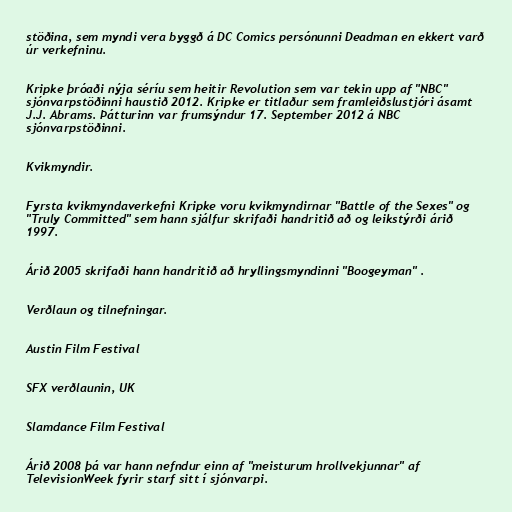
stöðina, sem myndi vera byggð á DC Comics persónunni Deadman en ekkert varð
úr verkefninu.

Kripke þróaði nýja séríu sem heitir Revolution sem var tekin upp af "NBC"
sjónvarpstöðinni haustið 2012. Kripke er titlaður sem framleiðslustjóri ásamt
J.J. Abrams. Þátturinn var frumsýndur 17. September 2012 á NBC
sjónvarpstöðinni.

Kvikmyndir.

Fyrsta kvikmyndaverkefni Kripke voru kvikmyndirnar "Battle of the Sexes" og
"Truly Committed" sem hann sjálfur skrifaði handritið að og leikstýrði árið
1997.

Árið 2005 skrifaði hann handritið að hryllingsmyndinni "Boogeyman" .

Verðlaun og tilnefningar.

Austin Film Festival

SFX verðlaunin, UK

Slamdance Film Festival

Árið 2008 þá var hann nefndur einn af "meisturum hrollvekjunnar" af
TelevisionWeek fyrir starf sitt í sjónvarpi.